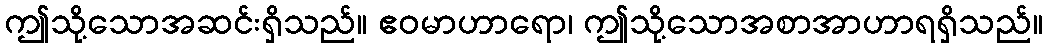
ဤသို့သောအဆင်းရှိသည်။ ဧဝမာဟာရော၊ ဤသို့သောအစာအာဟာရရှိသည်။